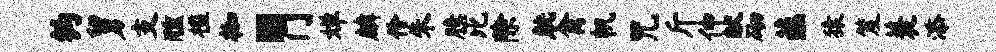
钩舅支醺槛枷。门婵麟伶朱臆比除觥禽帆咒斤伸献砌蕴猿笈蓑添